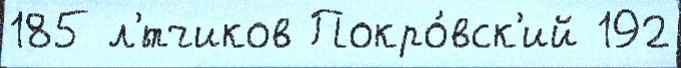
185 л'́тчиков Покро́вск'ий 192